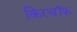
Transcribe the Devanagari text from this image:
किरचॉफ़